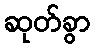
ဆုတ်ခွာ